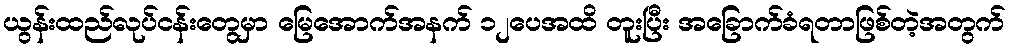
ယွန်းထည်လုပ်ငန်းတွေမှာ မြေအောက်အနက် ၁၂ပေအထိ တူးပြီး အခြောက်ခံရတာဖြစ်တဲ့အတွက်